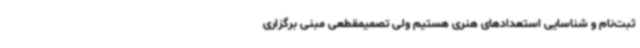
ثبت‌نام و شناسایی استعدادهای هنری هستیم ولی تصمیمقطعی مبنی برگزاری